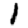
Digit: 1